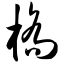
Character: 桥